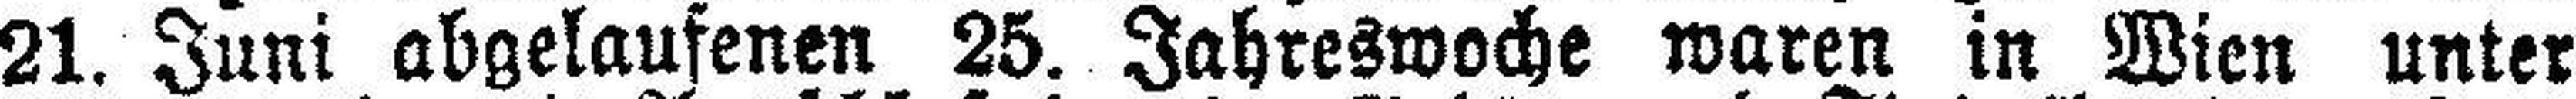
21. Juni abgelaufenen 25. Jahreswoche waren in Wien unter